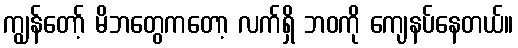
ကျွန်တော့် မိဘတွေကတော့ လက်ရှိ ဘဝကို ကျေနပ်နေတယ်။